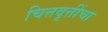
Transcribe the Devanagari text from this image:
चित्तवृत्तींचा